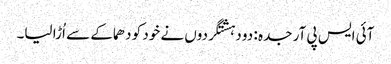
آئی ایس پی آر جدہ : دو دہشتگردوں نے خود کو دھماکے سے اُڑا لیا۔